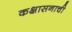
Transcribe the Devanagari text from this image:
कक्षासनाची